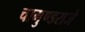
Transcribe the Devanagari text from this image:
चामुण्डराजे